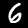
Digit: 6